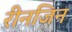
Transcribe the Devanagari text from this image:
रीनजिन